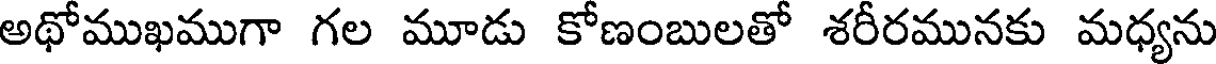
అథోముఖముగా గల మూడు కోణంబులతో శరీరమునకు మధ్యను